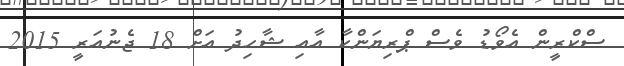
ސްކްރީން އެވޯޑު ވެސް ޕްރިޔަންކާ އާއި ޝާހިދު އަށް 18 ޖެނުއަރީ 2015